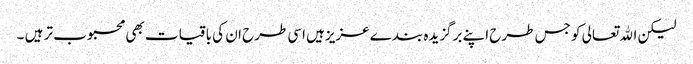
لیکن اﷲتعالی کو جس طرح اپنے برگزیدہ بندے عزیزہیں اسی طرح ان کی باقیات بھی محبوب تر ہیں ۔